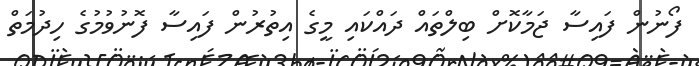
ފޯނުން ފައިސާ ޖަމާކޮށް ބިލްތައް ދައްކައި މީގެ އިތުރުން ފައިސާ ފޮނުވުމުގެ ހިދުމަތް